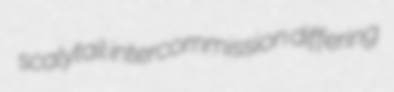
scalytail intercommission differing